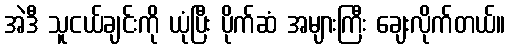
အဲဒီ သူငယ်ချင်းကို ယုံပြီး ပိုက်ဆံ အများကြီး ချေးလိုက်တယ်။